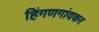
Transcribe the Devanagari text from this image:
हिंगणगांवकर